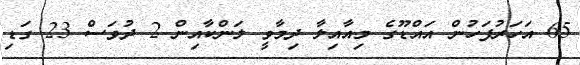
65 އަހަރުފަހުން އައްޑޫގެ މިއާއިލާ ދިމާވީ ލަންކާއިން 2 ދުވަސް 23 ގަޑި